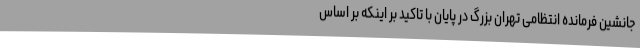
جانشین فرمانده انتظامی تهران بزرگ در پایان با تاکید بر اینکه بر اساس